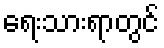
ရေးသားရာတွင်